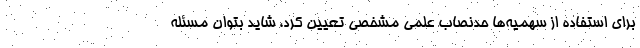
برای استفاده از سهمیه‌ها حدنصاب علمی مشخصی تعیین کرد، شاید بتوان مسئله